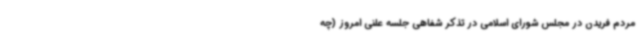
مردم فریدن در مجلس شورای اسلامی در تذکر شفاهی جلسه علنی امروز (چه